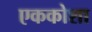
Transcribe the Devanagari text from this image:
एककोशा